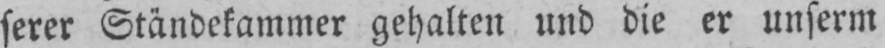
serer Ständekammer gehalten und die er unserm